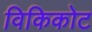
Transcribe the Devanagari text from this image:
विकिकोट